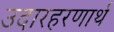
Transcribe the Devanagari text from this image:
उदारहरणार्थ